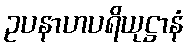
ဥပနာဟပရိယုဋ္ဌာနံ